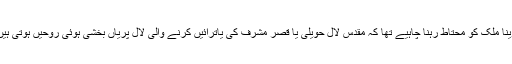
وینا ملک کو محتاط رہنا چاہیے تھا کہ مقدس لال حویلی یا قصرِ مشرف کی یاترائیں کرنے والی لال پریاں بخشی ہوئی روحیں ہوتی ہیں۔